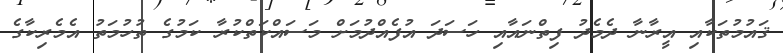
ޤައުމުތަކާއި އީރާނާ ދެމެދު ފިތްނައާއި ހަސަދަ އުފެއްދުމަށް މަސައްކަތްކުރާ ކަމުގެ ތުހުމަތު އެމެރިކާގެ